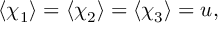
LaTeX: \langle \chi _ { 1 } \rangle = \langle \chi _ { 2 } \rangle = \langle \chi _ { 3 } \rangle = u ,